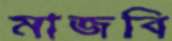
মাজবি